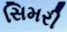
સિમરી